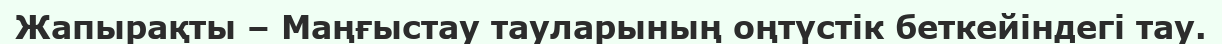
Жапырақты – Маңғыстау тауларының оңтүстік беткейіндегі тау.